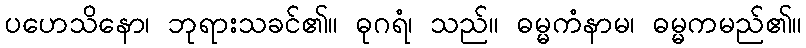
ပဟေသိနော၊ ဘုရားသခင်၏။ ဓုဂရံ၊ သည်။ ဓမ္မကံနာမ၊ ဓမ္မကမည်၏။